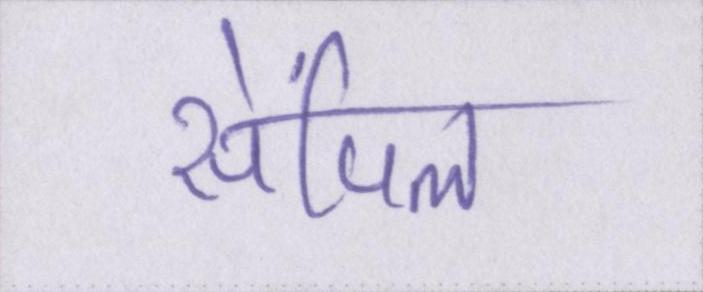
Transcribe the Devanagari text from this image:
सेंपिल